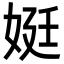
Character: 娗